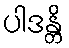
ပါဒန္တိ